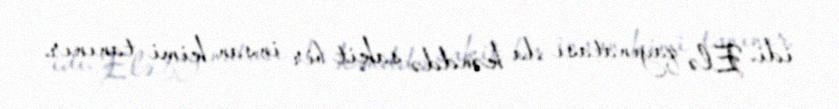
idi. Elə qayınatası da kənddə sakit bir insan kimi tanınır.